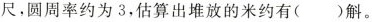
尺，圆周率约为3，估算出堆放的米约有()斛。